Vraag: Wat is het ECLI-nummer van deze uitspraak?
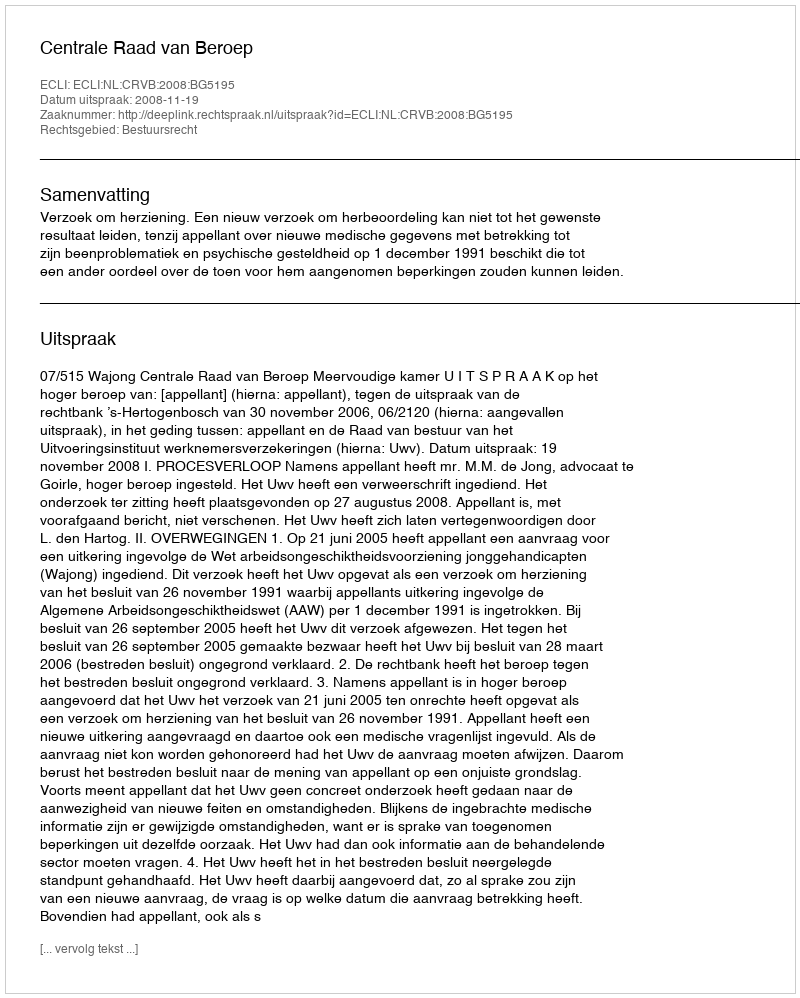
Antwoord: ECLI:NL:CRVB:2008:BG5195